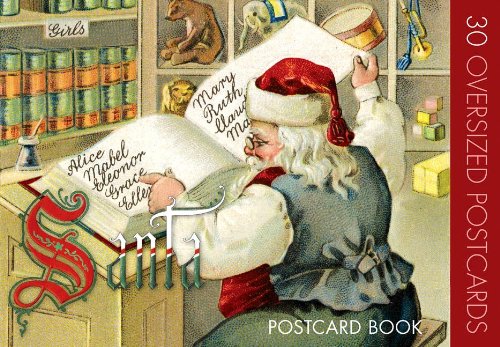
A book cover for Santa Claus Postcard Book; Crafts, Hobbies & Home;